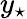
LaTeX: y_{\star}